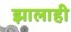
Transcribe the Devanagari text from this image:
झालाही